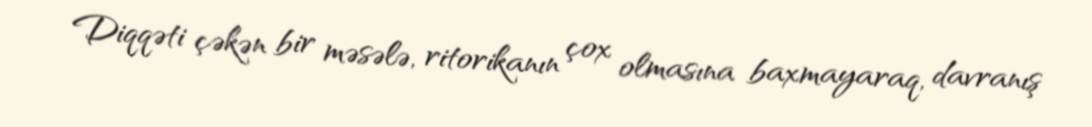
Diqqəti çəkən bir məsələ, ritorikanın çox olmasına baxmayaraq, davranış